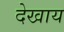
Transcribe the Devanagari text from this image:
देखाय